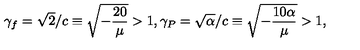
\gamma _ { f } = \sqrt { 2 } / c \equiv \sqrt { - \frac { 2 0 } { \mu } } > 1 , \gamma _ { P } = \sqrt { \alpha } / c \equiv \sqrt { - \frac { 1 0 \alpha } { \mu } } > 1 ,